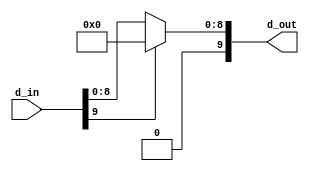
`timescale 1ns / 1ps

module ReLU(d_in, d_out);
  parameter Z = 10;
  input signed [Z-1:0] d_in;
  output [Z-1:0] d_out;
  
  assign d_out = (d_in[Z-1] == 0) ? d_in : 0;//d_in  d_out 0,   d_in 
endmodule